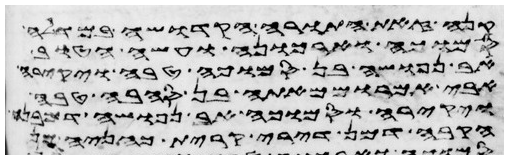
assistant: למנשה וזאת התורה אשר שם משה
כל אשר עשה והנה טוב
בן מנשה וישב בה ויאיר
זאת ארור אתה מכל הבהמה
ויאמר קומו צאו מן
הקדש ומן הדם יתן הכהן על